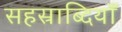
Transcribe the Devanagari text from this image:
सहस्राब्दियाँ